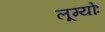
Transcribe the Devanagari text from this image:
लूम्योः